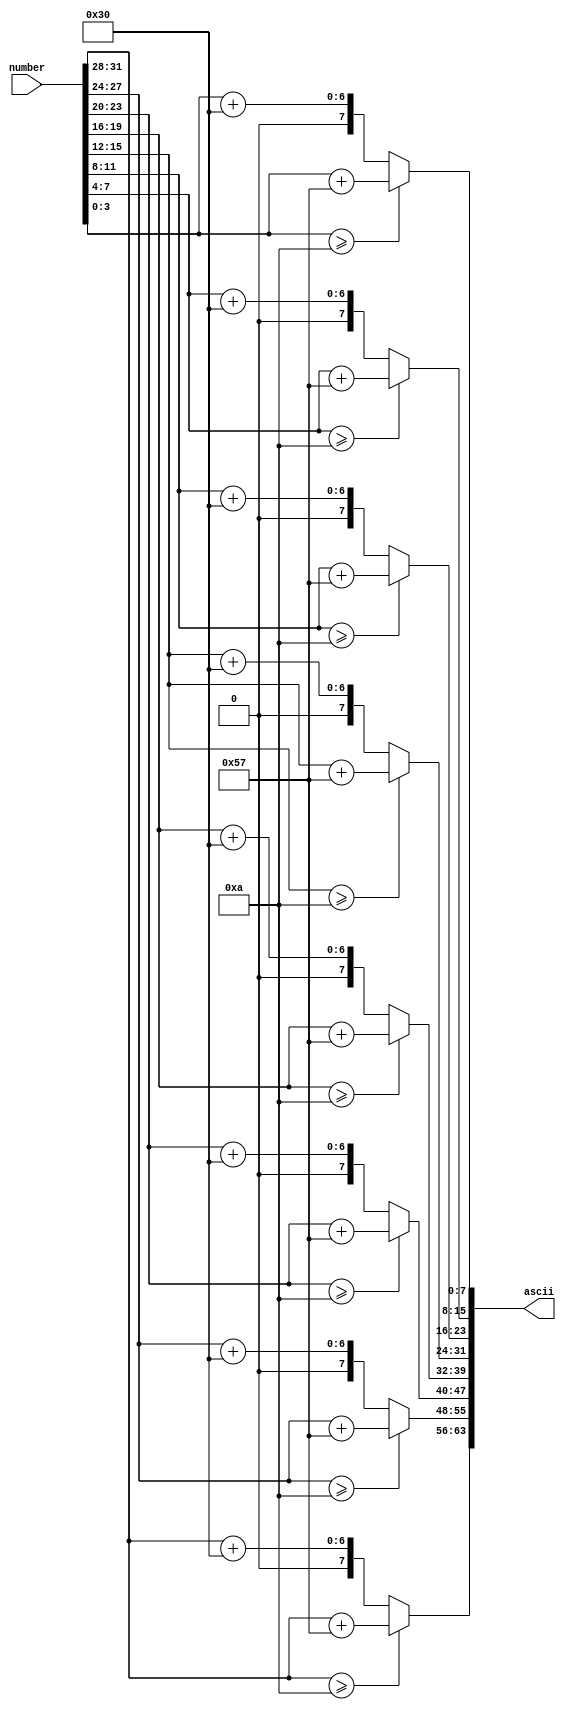
/* 
 *   Last update: 2023.04.13
 */
 
module Hex2ASC (
    input [31:0] number,
    output [63:0] ascii
);

reg [7:0] ascii_1, ascii_2, ascii_3, ascii_4, ascii_5, ascii_6, ascii_7, ascii_8;

always @(*) begin
    if (number[31:28] >= 4'd10)
        ascii_1 = {{4'b0}, {number[31:28]}} + 8'd87;
    else
        ascii_1 = {{4'b0}, {number[31:28]}} + 8'd48;
end

always @(*) begin
    if (number[27:24] >= 4'd10)
        ascii_2 = {{4'b0}, {number[27:24]}} + 8'd87;
    else
        ascii_2 = {{4'b0}, {number[27:24]}} + 8'd48;
end

always @(*) begin
    if (number[23:20] >= 4'd10)
        ascii_3 = {{4'b0}, {number[23:20]}} + 8'd87;
    else
        ascii_3 = {{4'b0}, {number[23:20]}} + 8'd48;
end

always @(*) begin
    if (number[19:16] >= 4'd10)
        ascii_4 = {{4'b0}, {number[19:16]}} + 8'd87;
    else
        ascii_4 = {{4'b0}, {number[19:16]}} + 8'd48;
end

always @(*) begin
    if (number[15:12] >= 4'd10)
        ascii_5 = {{4'b0}, {number[15:12]}} + 8'd87;
    else
        ascii_5 = {{4'b0}, {number[15:12]}} + 8'd48;
end

always @(*) begin
    if (number[11:8] >= 4'd10)
        ascii_6 = {{4'b0}, {number[11:8]}} + 8'd87;
    else
        ascii_6 = {{4'b0}, {number[11:8]}} + 8'd48;
end

always @(*) begin
    if (number[7:4] >= 4'd10)
        ascii_7 = {{4'b0}, {number[7:4]}} + 8'd87;
    else
        ascii_7 = {{4'b0}, {number[7:4]}} + 8'd48;
end

always @(*) begin
    if (number[3:0] >= 4'd10)
        ascii_8 = {{4'b0}, {number[3:0]}} + 8'd87;
    else
        ascii_8 = {{4'b0}, {number[3:0]}} + 8'd48;
end

assign ascii = {ascii_1, ascii_2, ascii_3, ascii_4, ascii_5, ascii_6, ascii_7, ascii_8};

endmodule